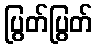
ပြွတ်ပြွတ်